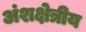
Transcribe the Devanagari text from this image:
अंशक्षेत्रीय